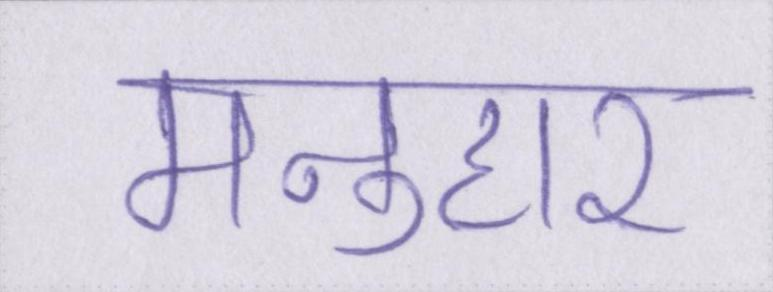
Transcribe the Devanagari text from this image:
मनुहार